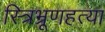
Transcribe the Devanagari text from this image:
स्त्रिभ्रूणहत्या